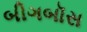
બીગબૉસ